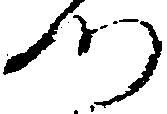
つ